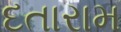
દતારામ